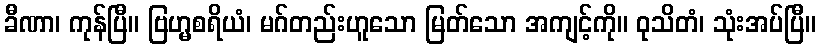
ခီဏာ၊ ကုန်ပြီ။ ဗြဟ္မစရိယံ၊ မဂ်တည်းဟူသော မြတ်သော အကျင့်ကို။ ဝုသိတံ၊ သုံးအပ်ပြီ။